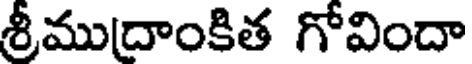
శ్రీముద్రాంకిత గోవిందా